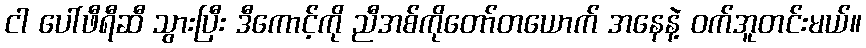
ငါ ပေါ်ဖီရီဆီ သွားပြီး ဒီကောင့်ကို ညီအစ်ကိုတော်တယောက် အနေနဲ့ ဝက်အူတင်းမယ်။